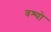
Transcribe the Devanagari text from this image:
वश्यो